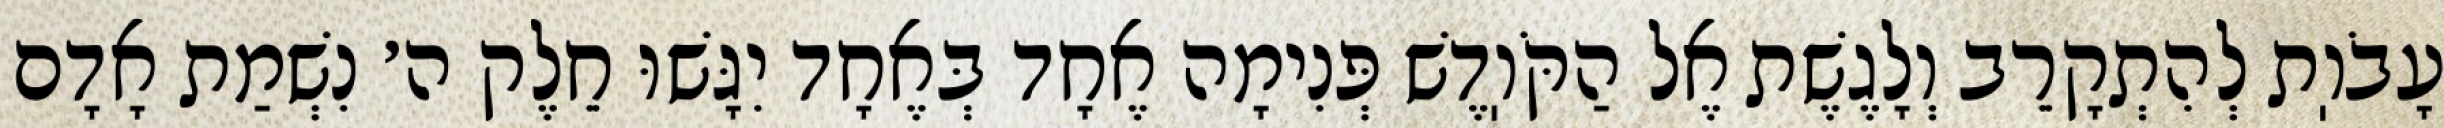
עָבֹוֽת לְהִתְקָרֵב וְלָגֶשֶׁת אֶל הַקֹּוֽדֶשׁ פְּנִימָה אֶחָד בְּאֶחָד יִגָּשׁוּ חֵלֶק ה׳ נִשְׁמַת אָדָם